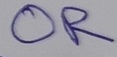
Text: OR